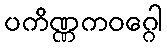
ပကိဏ္ဏကဝဂ္ဂေါ